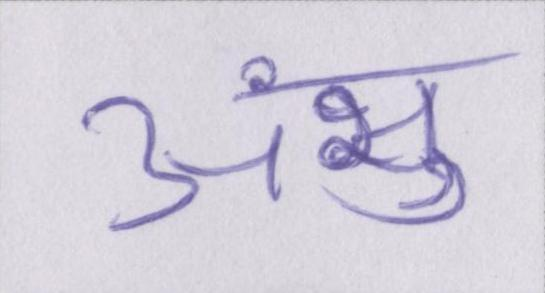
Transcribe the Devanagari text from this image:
अंशु